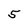
Character: 5